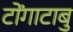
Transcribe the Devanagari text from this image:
टोंगाटाबु